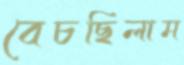
বেচছিলাম